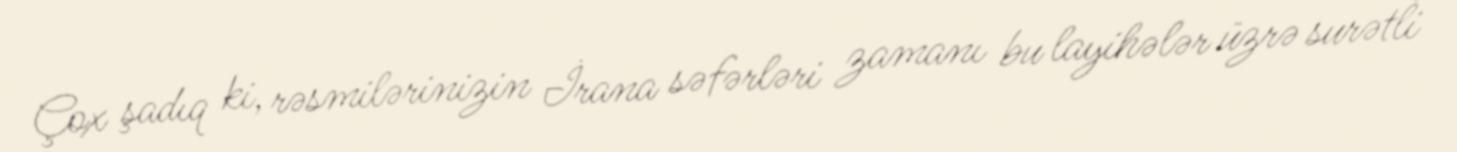
Çox şadıq ki, rəsmilərinizin İrana səfərləri zamanı bu layihələr üzrə surətli